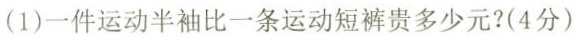
（1）一件运动半袖比一条运动短裤贵多少元？（4分）